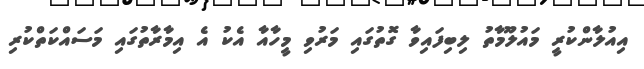
އިއުލާންކުރީ މައުލޫމާތު ލިބިފައިވާ ގޮތުގައި މަރުވި މީހާއާ އެކު އެ އިމާރާތުގައި މަސައްކަތްކުރި